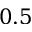
0 . 5